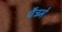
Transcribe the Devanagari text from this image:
चैत्रमे